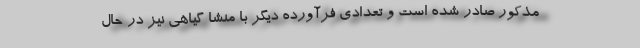
مذکور صادر شده است و تعدادی فرآورده دیگر با منشا گیاهی نیز در حال